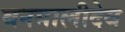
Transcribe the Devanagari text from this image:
बनमालीदेव